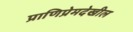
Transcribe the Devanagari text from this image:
प्राणिप्रेमदेखील